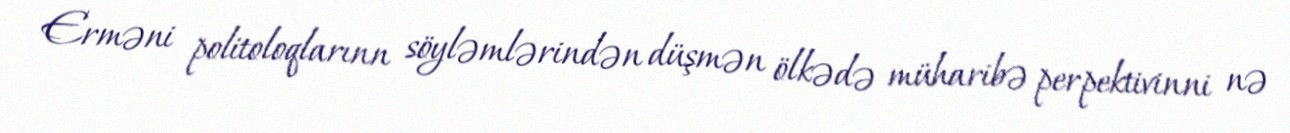
Erməni politoloqlarınn söyləmlərindən düşmən ölkədə müharibə perpektivinni nə